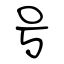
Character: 号